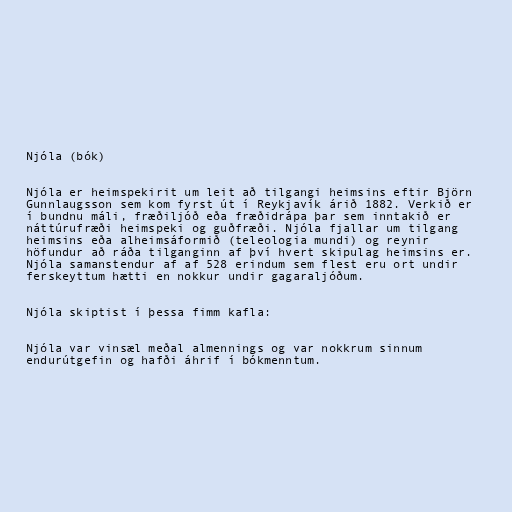
Njóla (bók)

Njóla er heimspekirit um leit að tilgangi heimsins eftir Björn
Gunnlaugsson sem kom fyrst út í Reykjavík árið 1882. Verkið er
í bundnu máli, fræðiljóð eða fræðidrápa þar sem inntakið er
náttúrufræði heimspeki og guðfræði. Njóla fjallar um tilgang
heimsins eða alheimsáformið (teleologia mundi) og reynir
höfundur að ráða tilganginn af því hvert skipulag heimsins er.
Njóla samanstendur af af 528 erindum sem flest eru ort undir
ferskeyttum hætti en nokkur undir gagaraljóðum.

Njóla skiptist í þessa fimm kafla:

Njóla var vinsæl meðal almennings og var nokkrum sinnum
endurútgefin og hafði áhrif í bókmenntum.